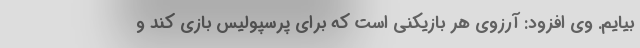
بیایم. وی افزود: آرزوی هر بازیکنی است که برای پرسپولیس بازی کند و